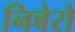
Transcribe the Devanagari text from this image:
निबेरो